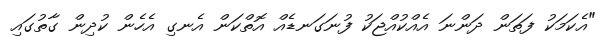
"އެކަމަކު ފަތަން ދަންނަ އެއްކުއްޖަކު ފުނަގަނޑެއް އޮތްކަން އެނގި އެހެން ކުދިން ގާތުގައި